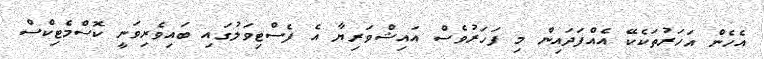
އެހެން އަހަރުތަކެކޭ އެއްފަދައިން މި ފަހަރުވެސް އައިޝްވަރިޔާ އެ ފެސްޓިވަލުގައި ބައިވެރިވަނީ ކޮސްމެޓިކްސް